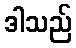
ဒါသည်